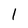
Character: I